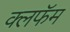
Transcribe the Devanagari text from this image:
क्लफॅम